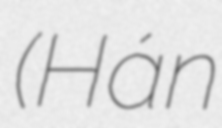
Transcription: (Hán